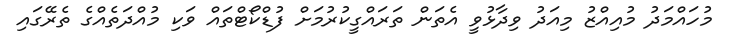
މުހައްމަދު މުއިއްޒު މިއަދު ވިދާޅުވީ އެތަން ތަރައްގީކުރުމަށް ފުޑްކޯޓްތައް ވަކި މުއްދަތެއްގެ ތެރޭގައި